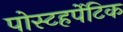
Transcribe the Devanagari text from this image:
पोस्टहर्पेटिक